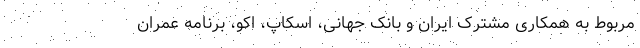
مربوط به همکاری مشترک ایران و بانک جهانی، اسکاپ، اکو، برنامه عمران